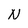
Character: N